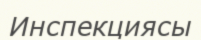
Инспекциясы